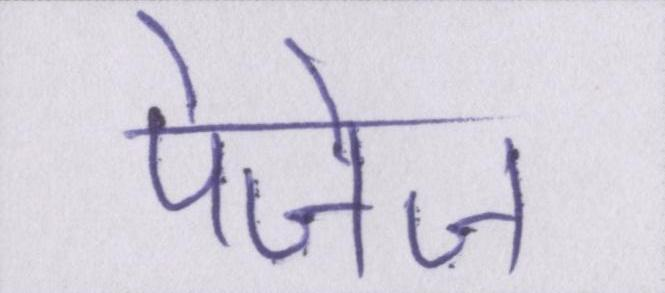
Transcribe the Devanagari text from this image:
पेजेज